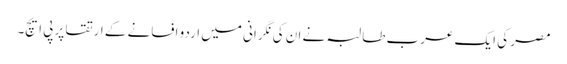
مصر کی ایک عرب طالبہ نے ان کی نگرانی میں اردو افسانے کے ارتقا پر پی ایچ۔